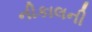
નીકાલની